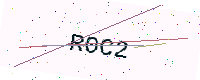
Text: R0C2